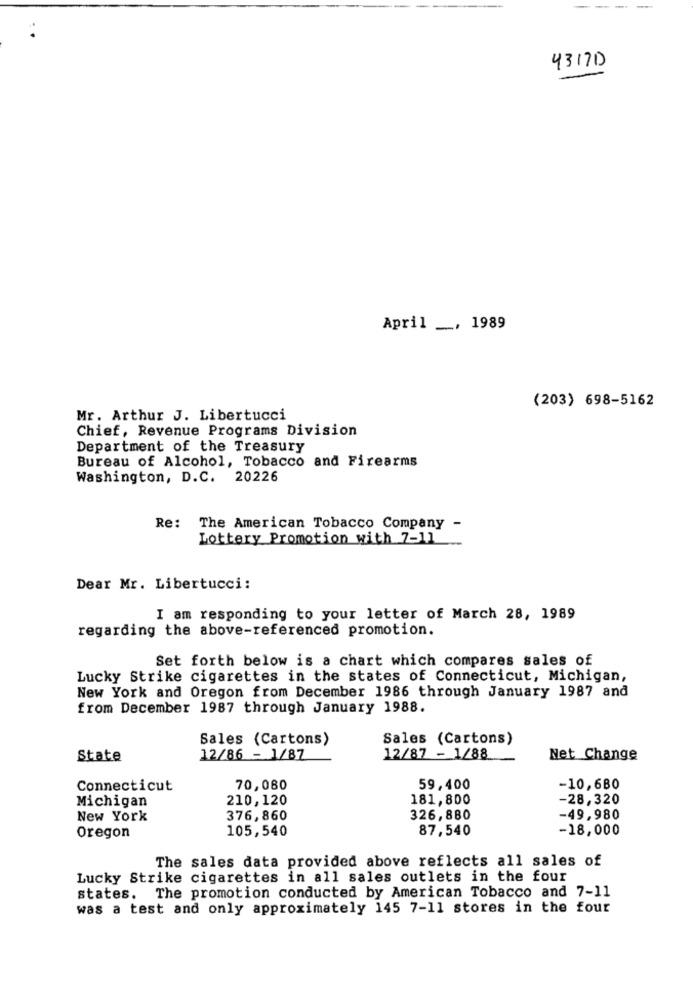
43170
April _, 1989
(203) 698-5162
Mr. Arthur J. Libertucci
Chief, Revenue Programs Division
Department of the Treasury
Bureau of Alcohol, Tobacco and Firearms
Washington, D.C. 20226
Re:
The American Tobacco Company -
Lottery Promotion with 7-11
Dear Mr. Libertucci:
I am responding to your letter of March 28, 1989
regarding the above-referenced promotion.
Set forth below is a chart which compares sales of
Lucky Strike cigarettes in the states of Connecticut, Michigan,
New York and Oregon from December 1986 through January 1987 and
from December 1987 through January 1988.
Sales (Cartons)
Sales (Cartons)
State
12/86 - 1/87
12/87 - 1/88
Net Change
Connecticut
70,080
59.400
-10,680
Michigan
210,120
181,800
-28,320
New York
376,860
326,880
-49,980
105,540
87,540
-18,000
Oregon
The sales data provided above reflects all sales of
Lucky Strike cigarettes in all sales outlets in the four
states. The promotion conducted by American Tobacco and 7-11
was a test and only approximately 145 7-11 stores in the four